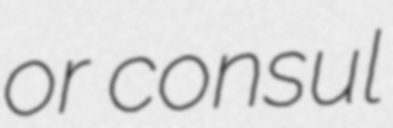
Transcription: or consul